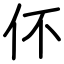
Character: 伓